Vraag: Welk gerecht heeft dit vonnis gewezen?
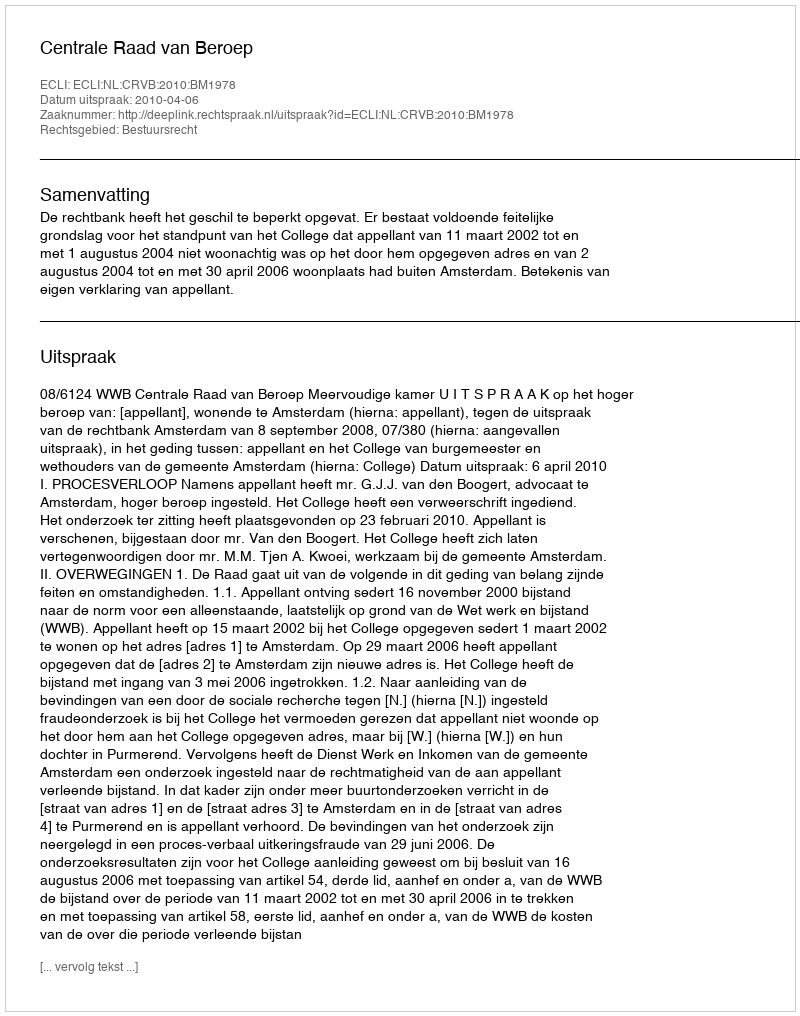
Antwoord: Centrale Raad van Beroep